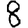
Digit: 8